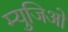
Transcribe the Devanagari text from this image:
म्युजिओ